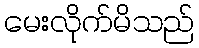
မေးလိုက်မိသည်